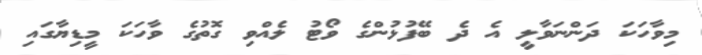
މިވާހަކަ ދަންނަވާލީ އެ ދެ ބޭފުޅުންގެ ވޯޓު ލެއްވި ގޮތުގެ ވާހަކަ މީޑިޔާގައި